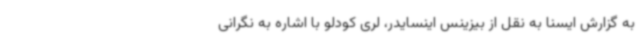
به گزارش ایسنا به نقل از بیزینس اینسایدر، لری کودلو با اشاره به نگرانی